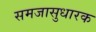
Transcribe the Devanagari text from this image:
समजासुधारक